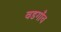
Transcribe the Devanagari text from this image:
वडगाँव